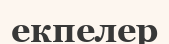
екпелер